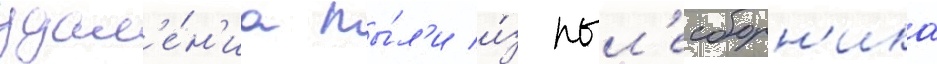
удал'е́н'иа пы́л'и и́з пыл'есборн'ика